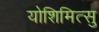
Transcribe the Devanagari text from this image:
योशिमित्सु